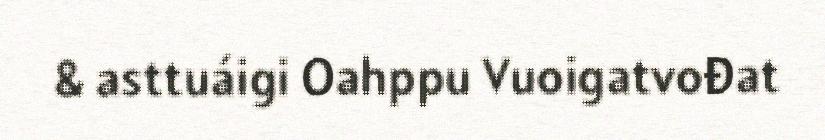
& asttuáigi Oahppu Vuoigatvođat